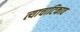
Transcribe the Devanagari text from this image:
त्याचाटिकाव